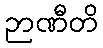
ဉာဏီတိ